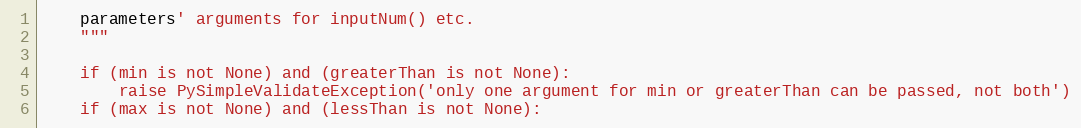
Language: Python
    parameters' arguments for inputNum() etc.
    """

    if (min is not None) and (greaterThan is not None):
        raise PySimpleValidateException('only one argument for min or greaterThan can be passed, not both')
    if (max is not None) and (lessThan is not None):